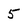
Character: 5